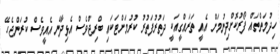
ހިދުމަތްތައް ފޯރުކޮށްދިނުމަށް އެއީ ތަރައްގީއަކީ ދަތުރުފަތުރު ކުރުމަށްޓަކައި ބްރިޖްވެސް އެޅިދާނެ އެއީވެސް ކުރަންޖެހޭ